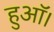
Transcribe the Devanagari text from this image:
हुऑ।